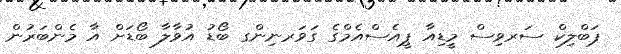
ޕަބްލިކް ސަރވިސް މީޑިއާ ޕީއެސްއެމްގެ ގަވަރނިންގ ބޯޑު އުވާލާ ބޯޑަށް އާ މެންބަރުން